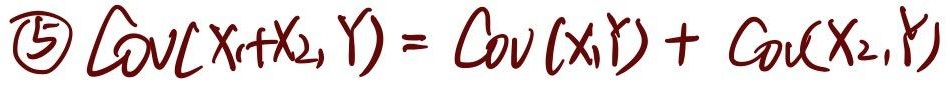
\[
\textcircled{5} \quad \mathrm{Cov}(X_1 + X_2, Y)=\mathrm{Cov}(X_1, Y)+\mathrm{Cov}(X_2, Y)
\]